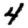
Digit: 4